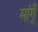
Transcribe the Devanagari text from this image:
मांगूँ